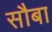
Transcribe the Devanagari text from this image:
सौबा